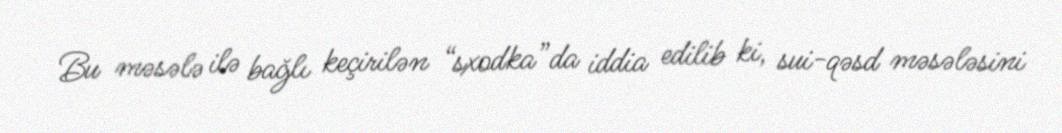
Bu məsələ ilə bağlı keçirilən “sxodka”da iddia edilib ki, sui-qəsd məsələsini